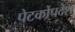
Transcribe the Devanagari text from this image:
पेटकोपदेश